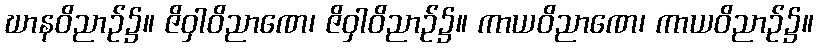
ဃာနဝိညာဉ်၌။ ဇိဝှါဝိညာဏေ၊ ဇိဝှါဝိညာဉ်၌။ ကာယဝိညာဏေ၊ ကာယဝိညာဉ်၌။